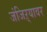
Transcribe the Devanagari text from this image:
जंजिऱ्यावर